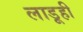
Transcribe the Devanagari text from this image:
लाडूही